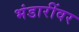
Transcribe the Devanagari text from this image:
भंडारींवर